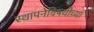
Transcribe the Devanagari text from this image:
स्थापनेविषयीच्या